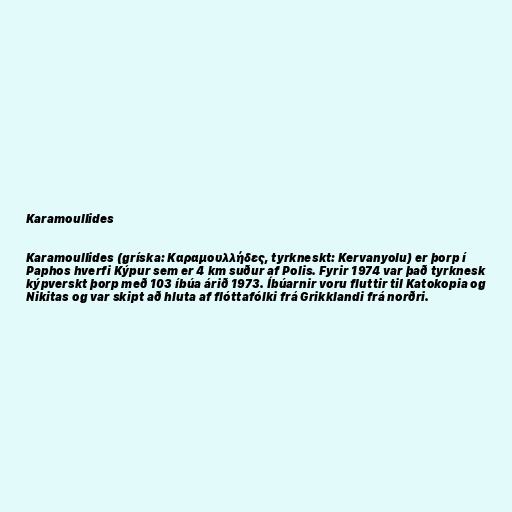
Karamoullides

Karamoullides (gríska: Καραμουλλήδες, tyrkneskt: Kervanyolu) er þorp í
Paphos hverfi Kýpur sem er 4 km suður af Polis. Fyrir 1974 var það tyrknesk
kýpverskt þorp með 103 íbúa árið 1973. Íbúarnir voru fluttir til Katokopia og
Nikitas og var skipt að hluta af flóttafólki frá Grikklandi frá norðri.